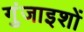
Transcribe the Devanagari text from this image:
गुंजाइशों